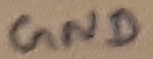
Text: GND